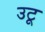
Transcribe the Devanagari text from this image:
उटू